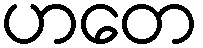
ဟတေ